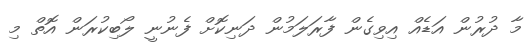
މާ ދުރުން އަޑެއް އިވިގެން ފާރަލަމުން ދަނިކޮށް ފެނުނީ ލޯބިކުރަން އޮތް މި